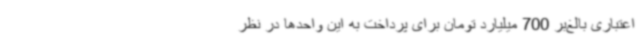
اعتباری بالغ‌بر 700 میلیارد تومان برای پرداخت به این واحدها در نظر